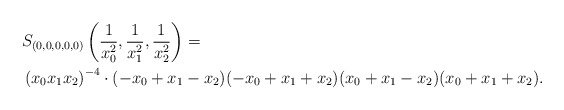
\begin{align*} & S_{(0,0,0,0,0)} \left( \frac{1}{x_0^2}, \frac{1}{x_1^2}, \frac{1}{x_2^2} \right) = \\& \left( x_0 x_1 x_2 \right)^{-4} \cdot (-x_0 + x_1 - x_2 ) (-x_0 + x_1 + x_2) (x_0 + x_1 - x_2) (x_0 + x_1 + x_2).\end{align*}